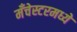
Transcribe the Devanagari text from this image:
मँचेस्टरमध्ये